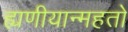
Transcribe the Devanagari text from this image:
ह्यणीयान्महतो